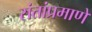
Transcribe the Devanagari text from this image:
संतांप्रमाणे